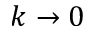
k \rightarrow 0